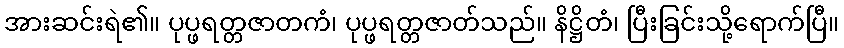
အားဆင်းရဲ၏။ ပုပ္ဖရတ္တဇာတကံ၊ ပုပ္ဖရတ္တဇာတ်သည်။ နိဋ္ဌိတံ၊ ပြီးခြင်းသို့ရောက်ပြီ။